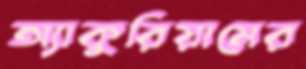
অ্যাকুরিয়ামের